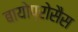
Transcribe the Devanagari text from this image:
बायोप्रोसैस